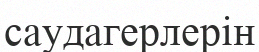
саудагерлерін